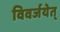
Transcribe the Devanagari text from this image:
विवर्जयेत्